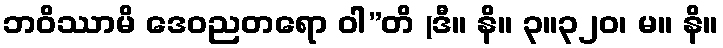
ဘဝိဿာမိ ဒေဝညတရော ဝါ”တိ (ဒီ။ နိ။ ၃။၃၂၀၊ မ။ နိ။